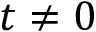
t \neq 0